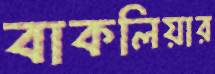
বাকলিয়ার